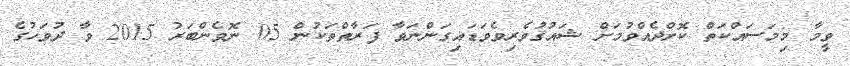
ވީމާ މިމަސައްކަތް ކޮށްދެއްވުމަށް ޝައުޤުވެރިވެވަޑައިގަންނަވާ ފަރާތްތަކުން 05 ނޮވެންބަރު 2015 ވާ ދުވަހުގެ